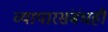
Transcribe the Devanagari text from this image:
व्यापारसंबंधही